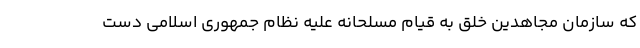
که سازمان مجاهدین خلق به قیام مسلحانه علیه نظام جمهوری اسلامی دست